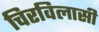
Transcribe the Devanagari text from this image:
चिरविलासी